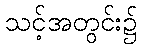
သင့်အတွင်း၌